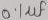
Text: 0,1µf